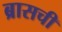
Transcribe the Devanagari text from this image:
ब्रासची